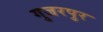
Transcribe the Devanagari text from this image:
गुजरपुर